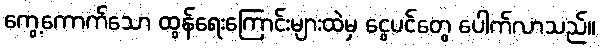
ကွေ့ကောက်သော ထွန်ရေးကြောင်းများထဲမှ ငွေပင်တွေ ပေါက်လာသည်။